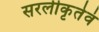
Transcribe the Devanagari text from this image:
सरलीकृतेवं